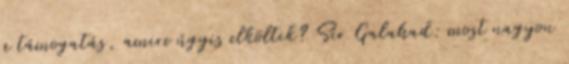
a támogatás, amire úgyis elköltik? Sir Galahad: most nagyon